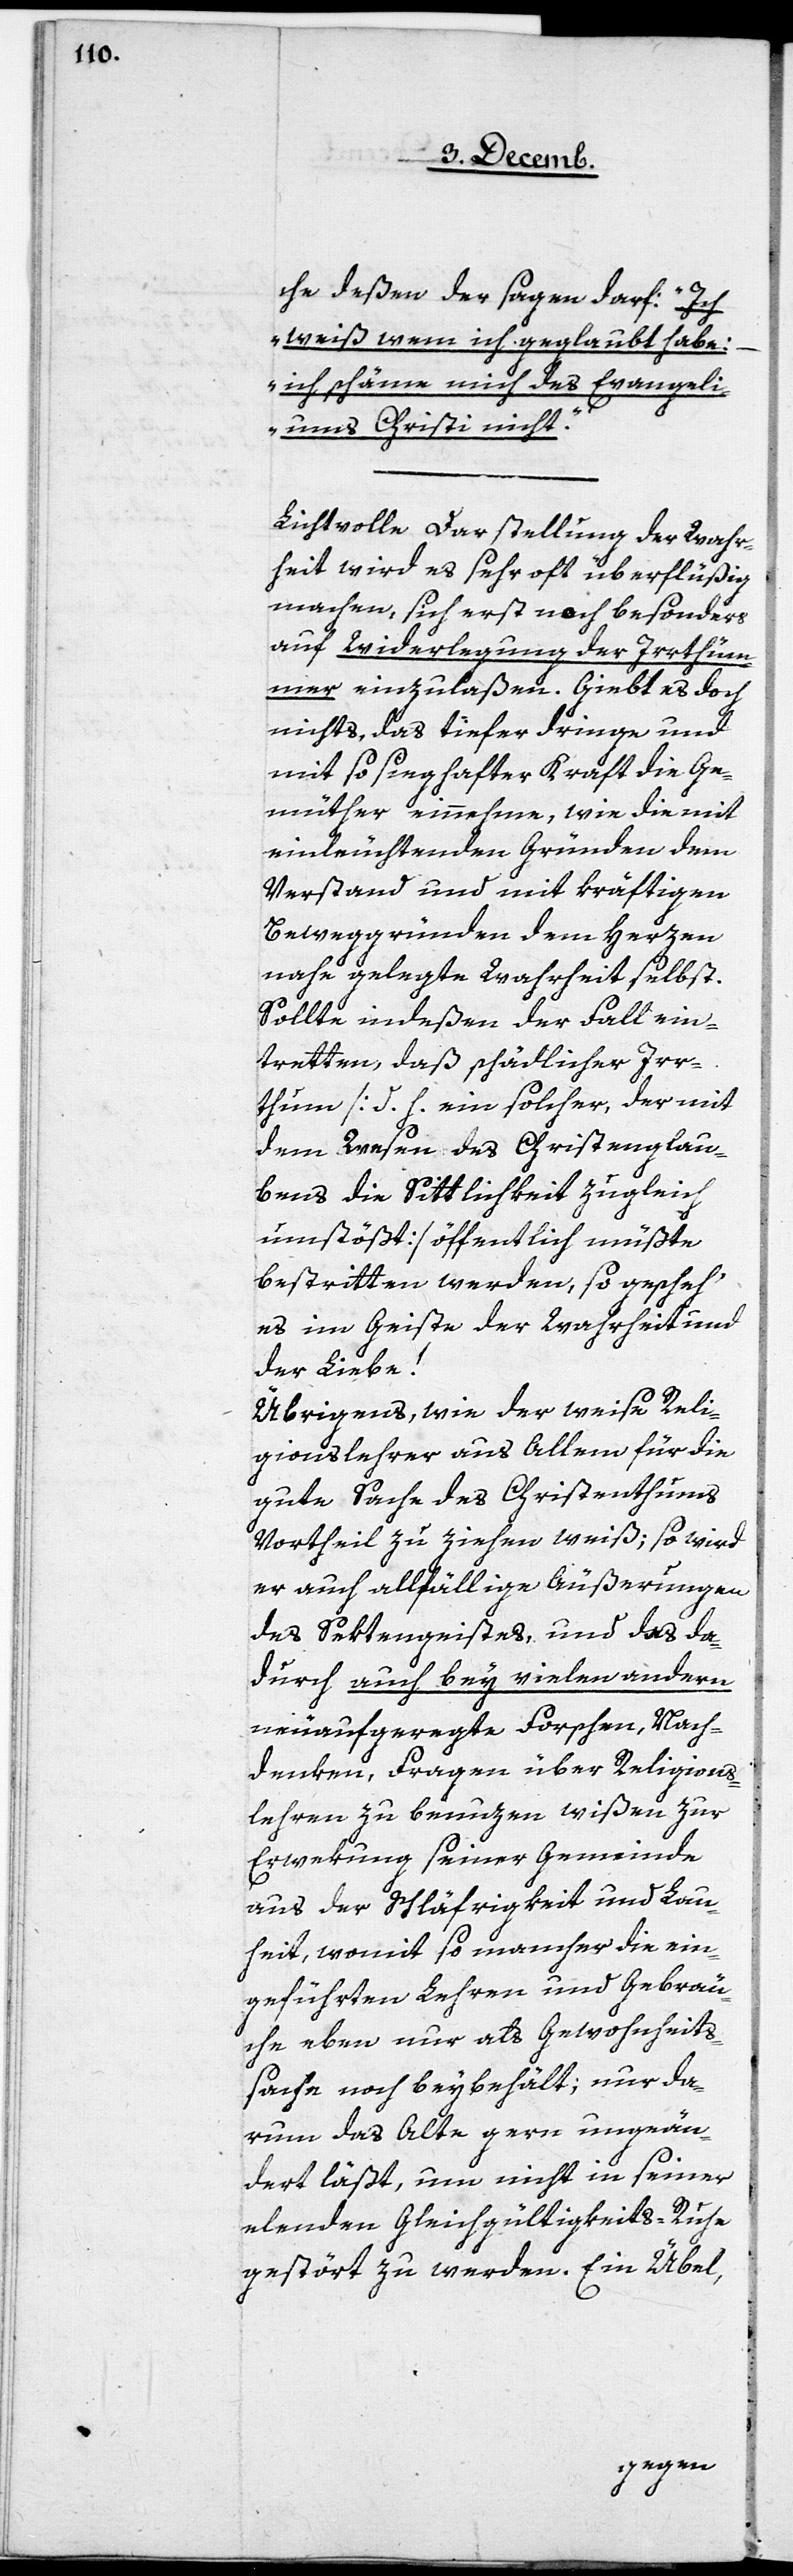
che deßen der sagen darf: „Ich
weiß wem ich geglaubt habe:
ich schäme mich des Evangeli¬
ums Christi nicht.“
Lichtvolle Darstellung der Wahr¬
heit wird es sehr oft überflüßig
machen, sich erst noch besonders
auf Widerlegung der Irrthüm¬
er einzulaßen. Giebt es doch
nichts, das tiefer dringe und
mit so sieghafter Kraft die Ge¬
müther einnehme, wie die mit
einleuchtenden Gründen dem
Verstand und mit kräftigen
Beweggründen dem Herzen
nahe gelegte Wahrheit selbst.
Sollte indeßen der Fall ein¬
tretten, daß schädlicher Irr¬
thum [d. h. ein solcher, der mit
dem Wesen des Christenglau¬
bens die Sittlichkeit zugleich
umstößt] öffentlich müßte
bestritten werden, so geschehe
es im Geiste der Wahrheit und
der Liebe!
Übrigens, wie der weise Reli¬
gionslehrer aus Allem für die
gute Sache des Christenthums
Vortheil zu ziehen weiß; so wird
er auch allfällige Äußerungen
des Sektengeistes, und das da¬
durch auch bey vielen andern
neuaufgeregte Forschen, Nach¬
denken, Fragen über Religions¬
lehren zu benuzen wißen zur
Erwekung seiner Gemeinde
aus der Schläfrigkeit und Lau¬
heit, womit so mancher die ein¬
geführten Lehren und Gebräu¬
che eben nur als Gewohnheits¬
sache noch beybehält; nur da¬
rum das Alte gern ungeän¬
dert läßt, um nicht in seiner
elenden Gleichgültigkeits-Ruhe
gestört zu werden. Ein Übel,